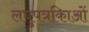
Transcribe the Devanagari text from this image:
लघुपत्रकिाओं